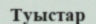
Туыстар